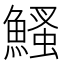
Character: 鰠